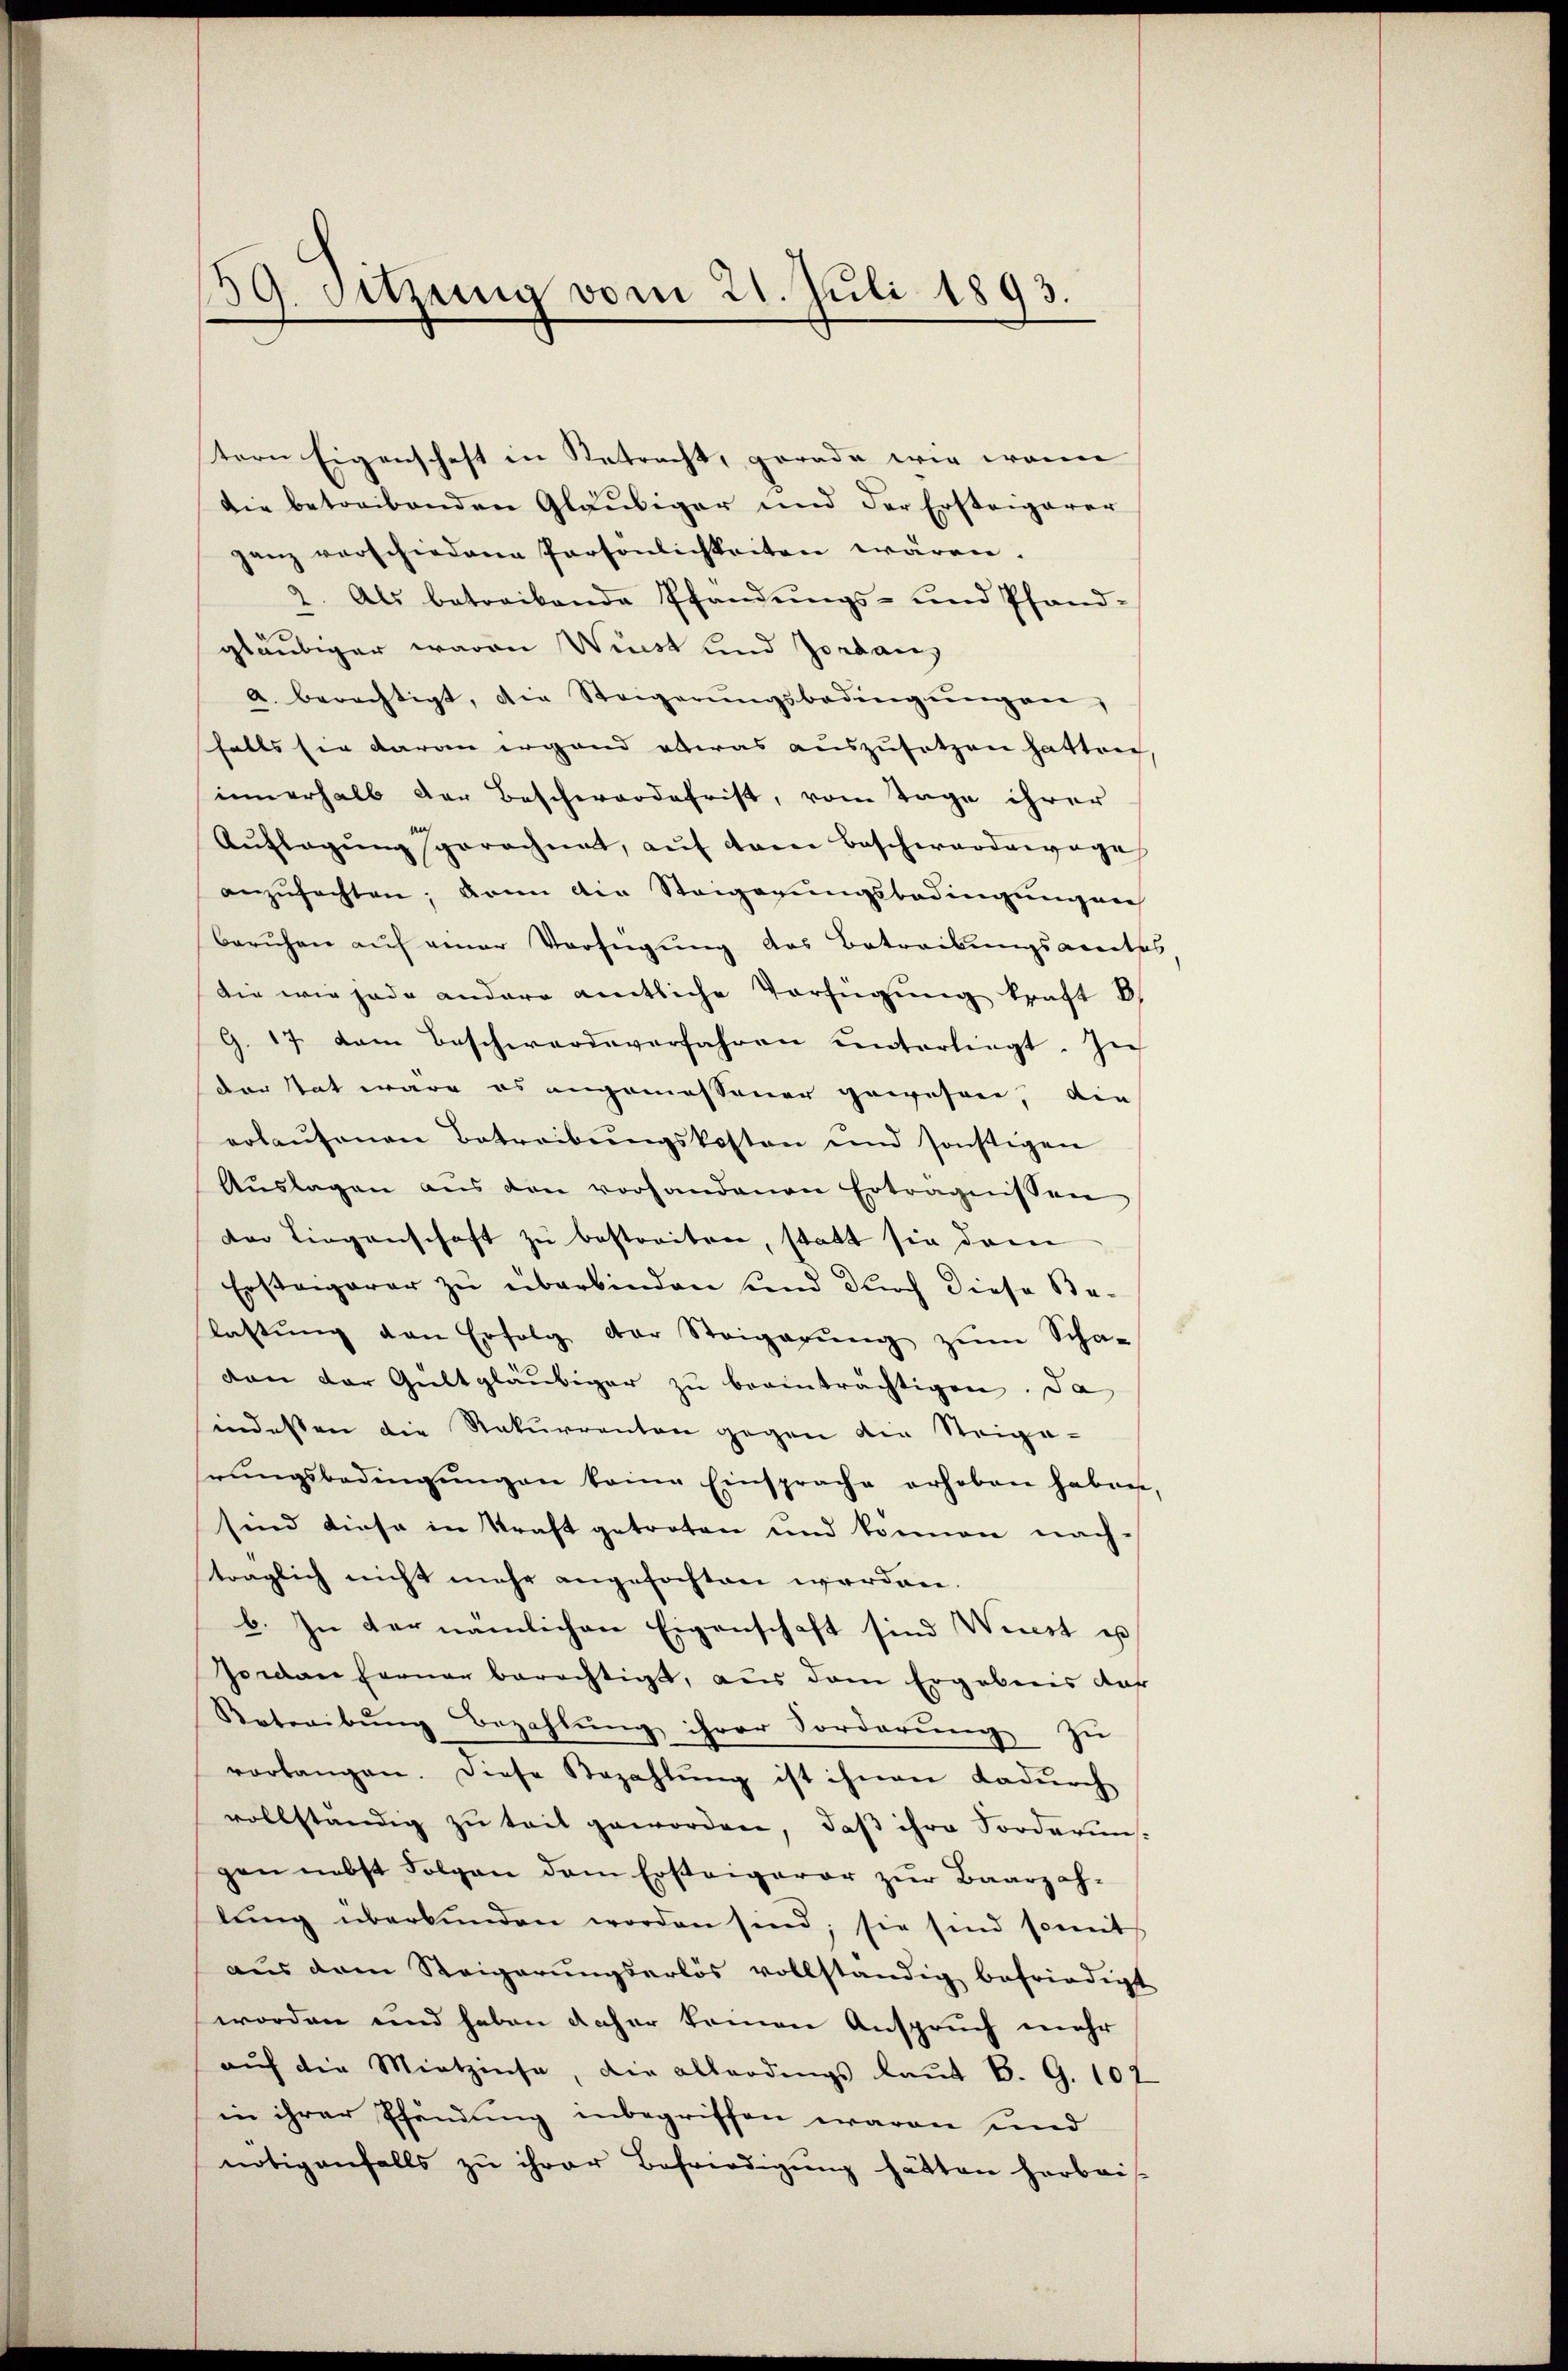
139. Sitzung vom 21. Juli 1893.

tern Eigenschaft in Retracht, gerade wir wenn
die betreibenden Gläubiger und der Ersteigerer
ganz verschiedene Persönlichkeiten wären.
2. Als betreibende Pfändungs- und Pfand-
gläubiger waren Wirst und Jordan,
a. berechtigt, die Steigerŭngsbedingŭngen,
sfalls sie daran irgend etwas auszusetzen hattrich,
innerhalb der Beschwerdefrist, vom Tage ihrer
Aŭflagŭng gerechnet, aŭf dem Beschwerdewage
anzŭfachten; an die Steigerungsbedingungene
beruhen auf einer Verfügung des Betreibungsactes
die wie jede andere amtliche Verfügung kraft B
G. 17. dem Beschwerde verfahren unterliegt. Ze
der stat wäre es angemessener gewesen, die
erlaŭfenen Betreibŭngskosten und sonstigen
Aŭslagen aus den vorhandenen Erträgnissen
der Liegenschaft zu bestreiten, statt sie dann
Ersteigerer zu überbinden und durch diese Be-
lastŭng den Erfolg der Steigerŭng zŭm Scha-
dan der Gültgläubiger zŭ beanträchtigen. Da
indessen die Rekurrenten gegen die Steige-
rŭngsbedingŭngen keine Einsprache erhoben haben,
sind diese in Kraft getroten und kommen nach-
träglich nicht mehr angefochten werden.
b. In der nämlichen Eigenschaft sind Wirst es
Jordan ferner berechtigt, aus dem Ergebnis dar
Betreibung Bezahlung ihrer Sorderung zu
vorlangen. Diese Bezahlŭng ist ihnen Kadŭrch
vollständig zŭ teil geworden, daβ ihre Forderuns
gen nebst Folgen dem Ersteigerer zur Baarzahlŭng überbŭnden worden sind; sie sind somit
aus dem Steigerungserlös vollständig befriedigt
worden und haben daher komen Anspruch mehr
aŭf die Mietzinse, die allerdings laut B. G. 107
in ihrer Pfändung inbegriffen waren und
nötigenfalls zu ihrer Befriedigŭng hätten herbeis